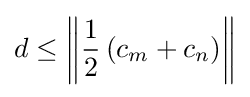
d\leq \left\|{\frac {1}{2}}\left(c_{m}+c_{n}\right)\right\|